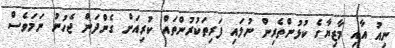
ނިއު އާއި މާޒިޔާގެ ކުޅުންތެރިން ނުލައި ފަރިތަކުރުންތައް ކުރިއަށް ގެންދަން ޖެހުނު ނަމަވެސް